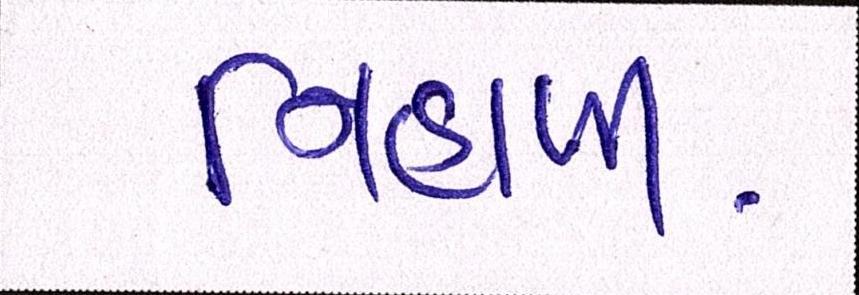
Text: નિહાળી